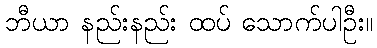
ဘီယာ နည်းနည်း ထပ် သောက်ပါဦး။